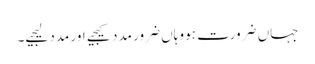
جہاں ضرورت ہو وہاں ضرور مدد کیجیے اور مدد لیجیے۔